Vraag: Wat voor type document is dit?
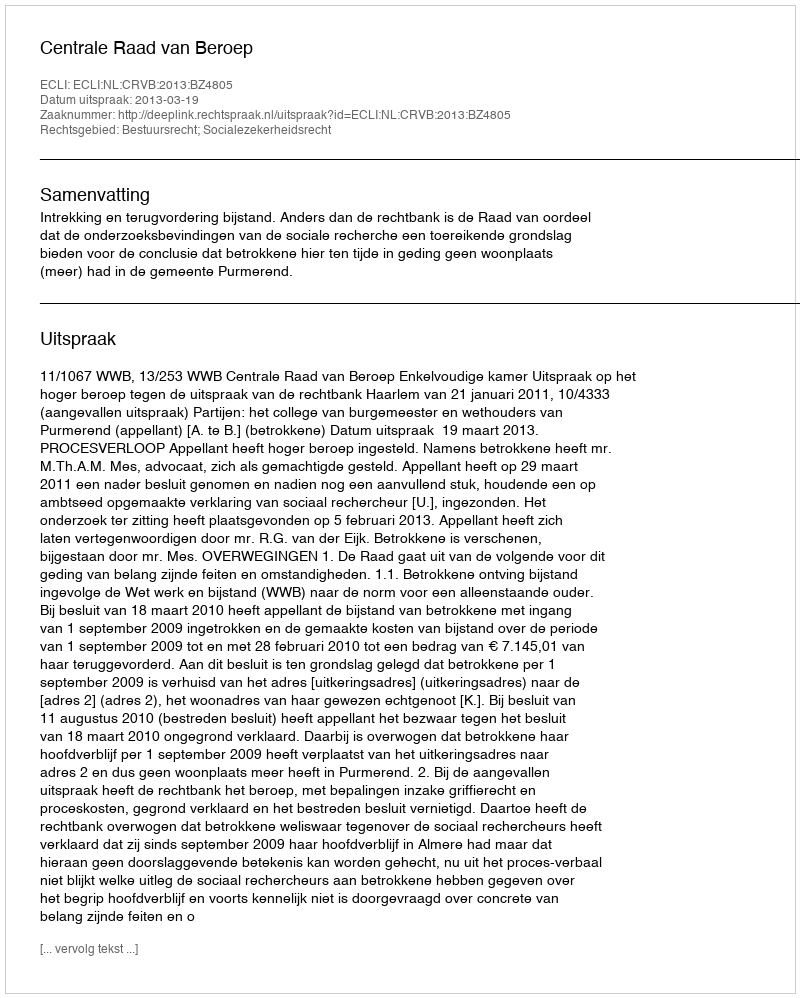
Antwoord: Uitspraak